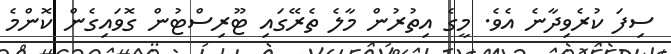
ސިފަ ކުރެވިދާނެ އެވެ. މީގެ އިތުރުން މާލެ ތެރޭގައި ޓޫރިސްޓުން ގޮވައިގެން ކޮންމެ